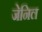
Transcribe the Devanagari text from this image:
जेनिल